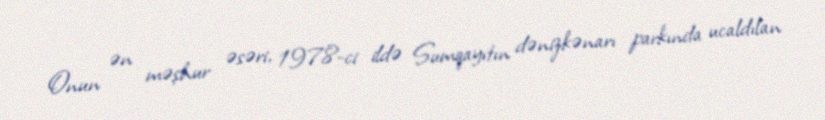
Onun ən məşhur əsəri, 1978-ci ildə Sumqayıtın dənizkənarı parkında ucaldılan